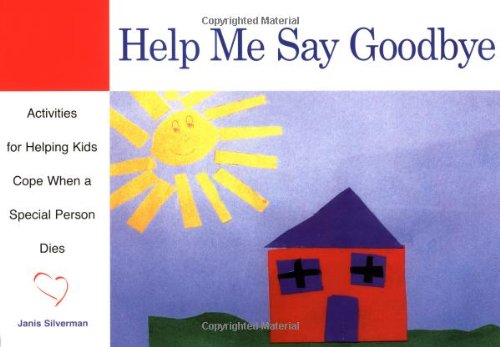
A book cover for Help Me Say Goodbye: Activities for Helping Kids Cope When a Special Person Dies; Janis Silverman; Self-Help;